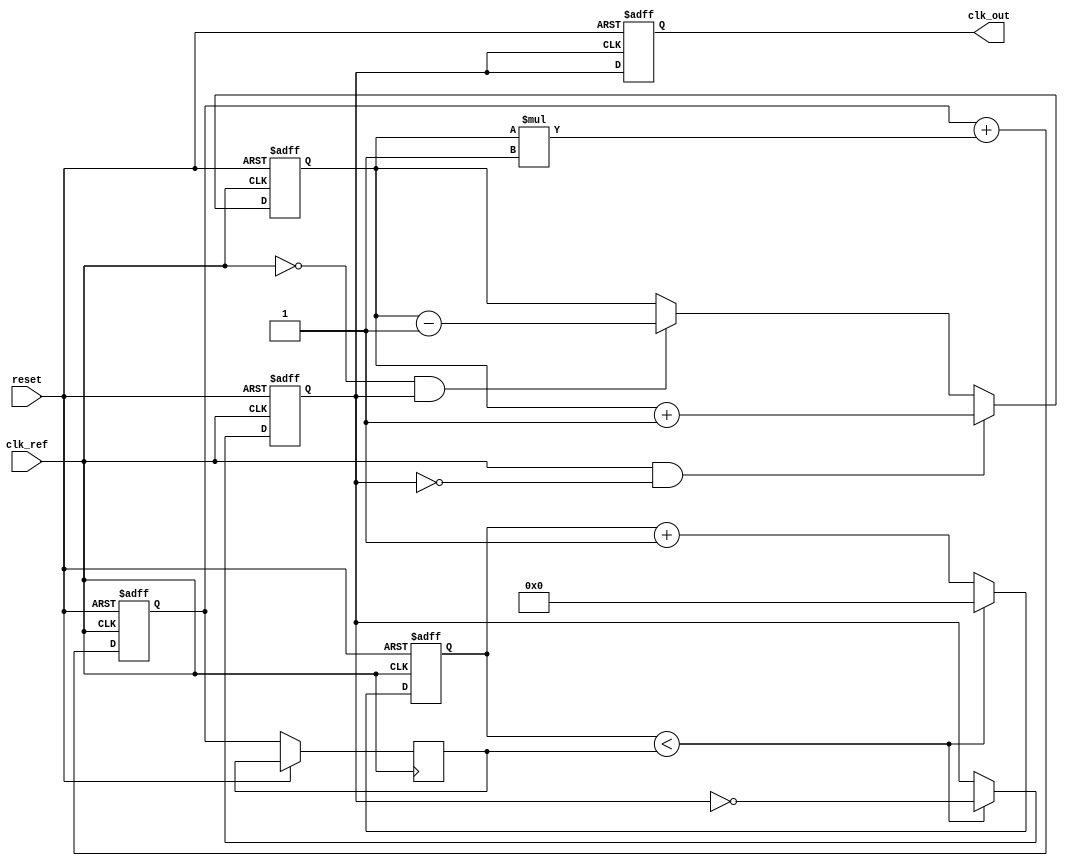
module PLL (
    input wire clk_ref,          // Reference clock input
    input wire reset,            // Reset signal
    output reg clk_out           // Output clock
);

// Parameters
parameter N = 4;                // VCO division factor
parameter Kp = 1;               // Proportional gain for phase detector
parameter Ki = 1;               // Integral gain for loop filter

// Internal signals
reg [N-1:0] vco_count;          // VCO counter
reg [N-1:0] phase_error;        // Phase error signal
reg [N-1:0] control_voltage;    // Control voltage for VCO
reg [N-1:0] loop_filter;        // Loop filter output
reg clk_vco;                    // VCO clock signal

// Phase Detector
always @(posedge clk_ref or posedge reset) begin
    if (reset) begin
        phase_error <= 0;
    end else begin
        // Compare reference clock and VCO clock
        if (clk_ref && !clk_vco) begin
            phase_error <= phase_error + Kp; // VCO is lagging
        end else if (!clk_ref && clk_vco) begin
            phase_error <= phase_error - Kp; // VCO is leading
        end
    end
end

// Loop Filter (Simple Integrator)
always @(posedge clk_ref or posedge reset) begin
    if (reset) begin
        loop_filter <= 0;
    end else begin
        loop_filter <= loop_filter + phase_error * Ki; // Integrate phase error
        control_voltage <= loop_filter; // Update control voltage
    end
end

// Voltage-Controlled Oscillator (VCO)
always @(posedge clk_ref or posedge reset) begin
    if (reset) begin
        vco_count <= 0;
        clk_vco <= 0;
    end else begin
        // Generate VCO clock based on control voltage
        if (vco_count < control_voltage) begin
            clk_vco <= ~clk_vco; // Toggle VCO clock
            vco_count <= 0; // Reset count
        end else begin
            vco_count <= vco_count + 1; // Increment count
        end
    end
end

// Output Clock Generation
always @(posedge clk_vco or posedge reset) begin
    if (reset) begin
        clk_out <= 0;
    end else begin
        clk_out <= clk_vco; // Output the VCO clock
    end
end

endmodule